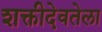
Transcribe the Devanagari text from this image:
शक्तीदेवतेला